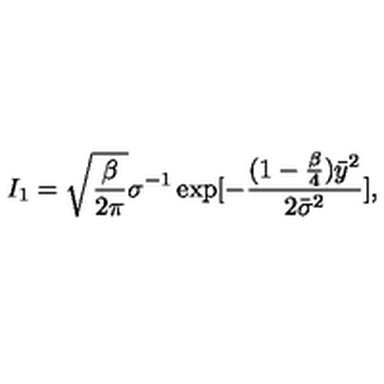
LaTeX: I _ { 1 } = \sqrt { \frac { \beta } { 2 \pi } } \sigma ^ { - 1 } \exp [ - \frac { ( 1 - \frac { \beta } { 4 } ) { \bar { y } } ^ { 2 } } { 2 { \bar { \sigma } } ^ { 2 } } ] ,